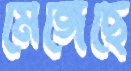
মেঙ্গেছে